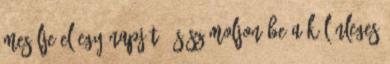
mesélje el egy napját, és számoljon be a különleges